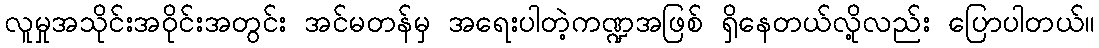
လူမှုအသိုင်းအဝိုင်းအတွင်း အင်မတန်မှ အရေးပါတဲ့ကဏ္ဍအဖြစ် ရှိနေတယ်လို့လည်း ပြောပါတယ်။